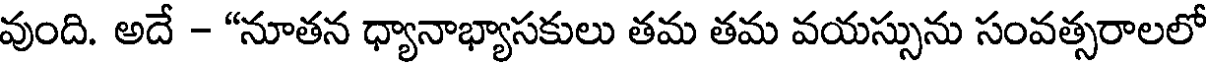
వుంది. అదే - "నూతన ధ్యానాభ్యాసకులు తమ తమ వయస్సును సంవత్సరాలలో